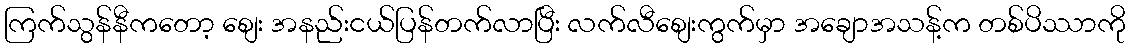
ကြက်သွန်နီကတော့ စျေး အနည်းငယ်ပြန်တက်လာပြီး လက်လီစျေးကွက်မှာ အချောအသန့်က တစ်ပိဿာကို